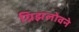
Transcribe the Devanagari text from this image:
ग्रिझलोवने